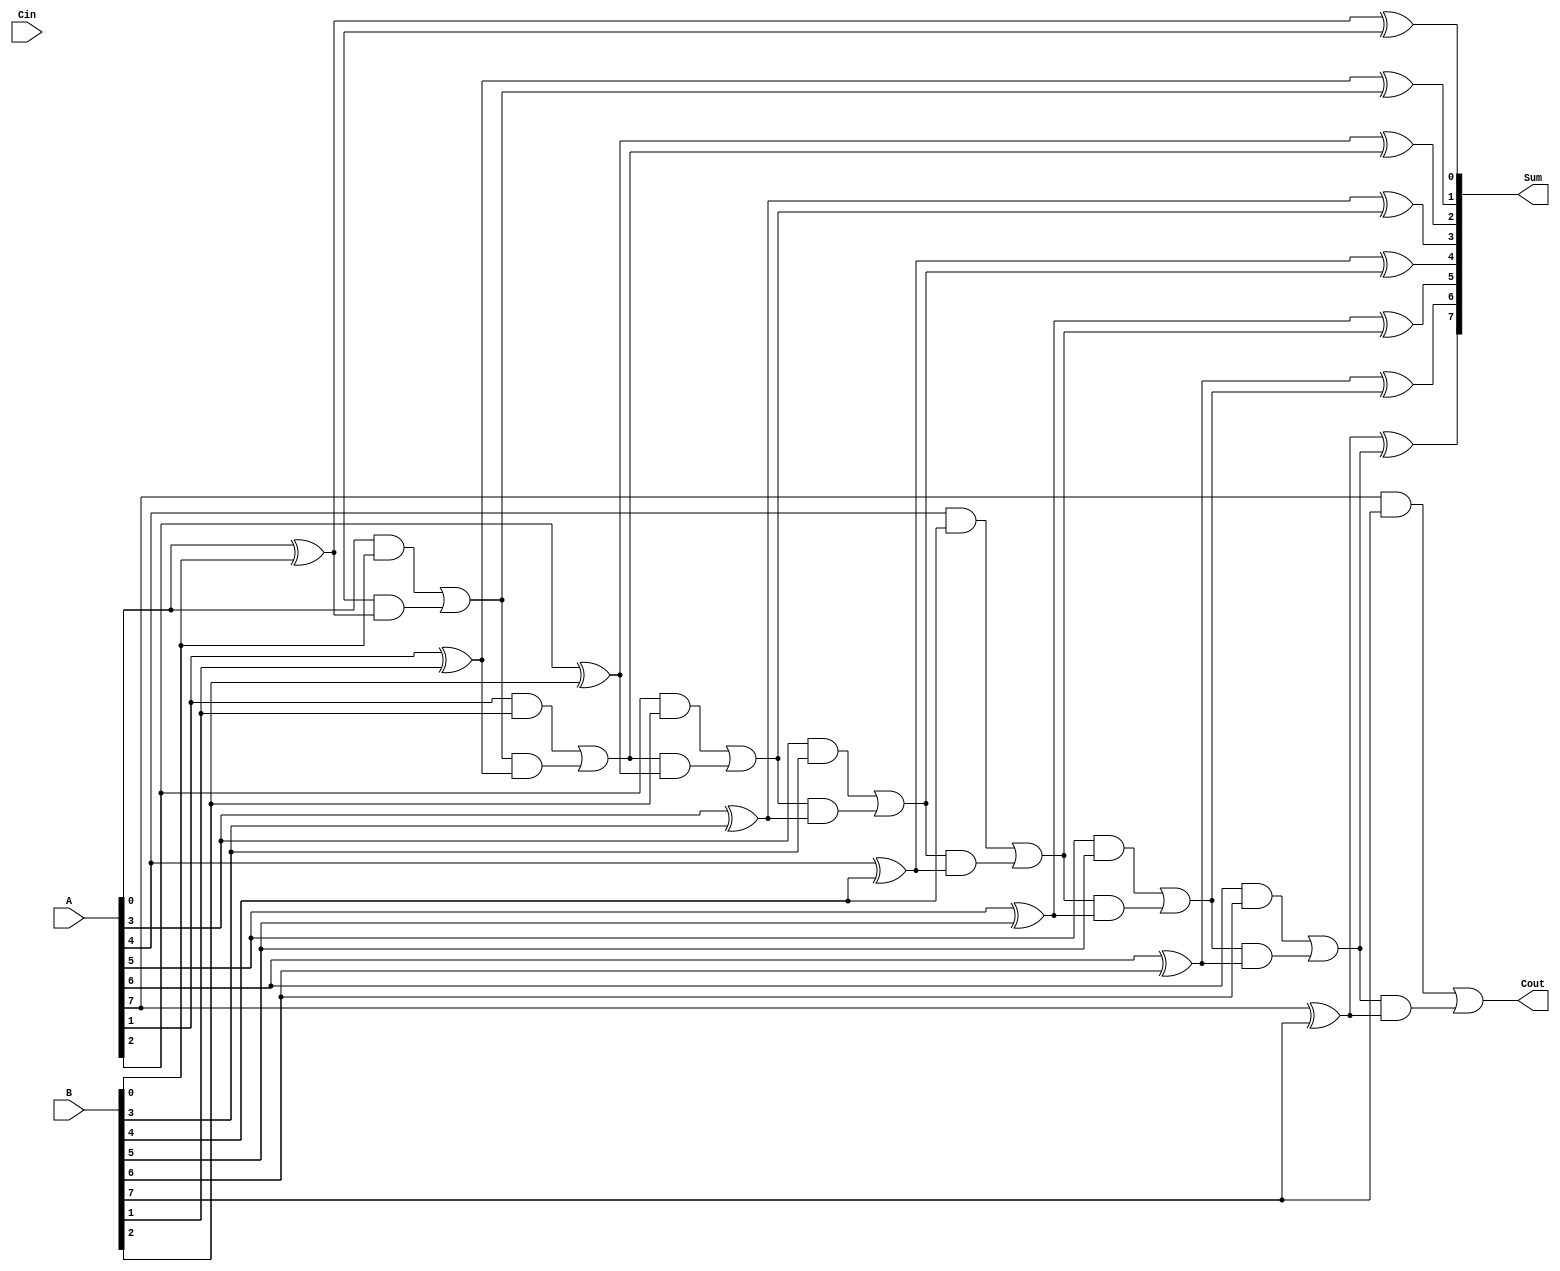
module ManchesterCarryChainAdder #(
    parameter N = 8  // Bit-width of the inputs
) (
    input  wire [N-1:0] A,      // First input vector
    input  wire [N-1:0] B,      // Second input vector
    input  wire Cin,             // Carry-in signal
    output wire [N-1:0] Sum,     // Sum output vector
    output wire Cout             // Carry-out signal
);

    wire [N:0] carry; // Carry signals, N+1 to accommodate carry-out

    // Generate carry signals
    genvar i;
    generate
        for (i = 0; i < N; i = i + 1) begin : carry_generation
            assign carry[i+1] = (A[i] & B[i]) | (carry[i] & (A[i] ^ B[i]));
        end
    endgenerate

    // Calculate sum bits
    generate
        for (i = 0; i < N; i = i + 1) begin : sum_calculation
            assign Sum[i] = A[i] ^ B[i] ^ carry[i];
        end
    endgenerate

    // Carry-out is the last carry signal
    assign Cout = carry[N];

endmodule